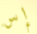
إس